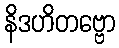
နိဒဟိတဗ္ဗော